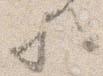
歟